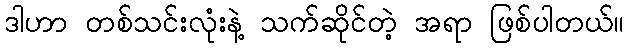
ဒါဟာ တစ်သင်းလုံးနဲ့ သက်ဆိုင်တဲ့ အရာ ဖြစ်ပါတယ်။